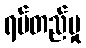
ရပ်တည်မှု